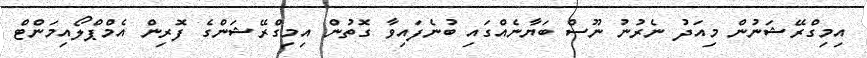
އިމިގްރޭޝަނުން މިއަދު ނެރުނު ނޫސް ބަޔާނެއްގައި ބުނެފައިވާ ގޮތުން އިމިގްރޭޝަންގެ ފޮރިން އެމްޕްލޯއިމަންޓް